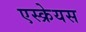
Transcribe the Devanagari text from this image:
एस्क्रेयस